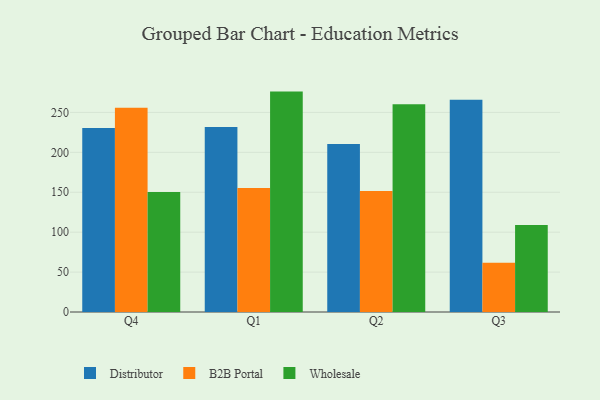
{"axis": {"x": "Quarter", "y": "Customer Acquisition Cost (USD)"}, "legend": ["B2B Portal", "Distributor", "Wholesale"], "data": [{"x": "Q4", "y": 230.6, "type": "Distributor"}, {"x": "Q4", "y": 255.9, "type": "B2B Portal"}, {"x": "Q4", "y": 150.3, "type": "Wholesale"}, {"x": "Q1", "y": 231.7, "type": "Distributor"}, {"x": "Q1", "y": 155.4, "type": "B2B Portal"}, {"x": "Q1", "y": 276.1, "type": "Wholesale"}, {"x": "Q2", "y": 210.5, "type": "Distributor"}, {"x": "Q2", "y": 151.7, "type": "B2B Portal"}, {"x": "Q2", "y": 260.4, "type": "Wholesale"}, {"x": "Q3", "y": 266.0, "type": "Distributor"}, {"x": "Q3", "y": 61.7, "type": "B2B Portal"}, {"x": "Q3", "y": 108.9, "type": "Wholesale"}]}